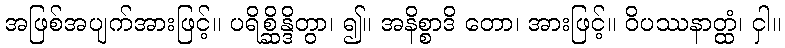
အဖြစ်အပျက်အားဖြင့်။ ပရိစ္ဆိန္ဒိတွာ၊ ၍။ အနိစ္စာဒိ တော၊ အားဖြင့်။ ဝိပဿနာတ္ထံ၊ ငှါ။